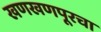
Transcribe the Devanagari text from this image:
खणखणपूरचा